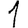
Digit: 1